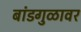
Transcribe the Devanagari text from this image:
बांडगुळावर